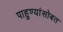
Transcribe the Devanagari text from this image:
पाहुण्यांसोबत